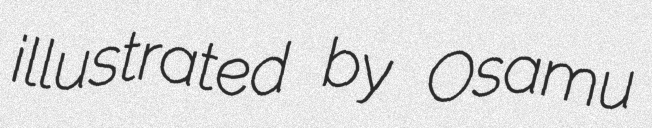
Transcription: illustrated by Osamu